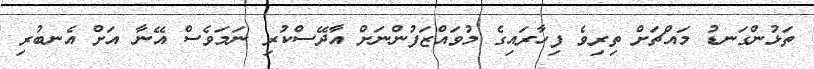
ތަޅުންގަނޑު މައްޗަށް ތިރިވެ ފިހާރައިގެ މުވައްޒަފުންނަށް އާދޭސްކުރި ނަމަވެސް އޭނާ އަށް އެނބުރި